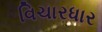
વિચારધાર